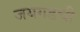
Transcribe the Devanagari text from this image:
जयगडची